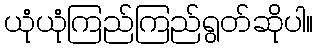
ယုံယုံကြည်ကြည်ရွတ်ဆိုပါ။